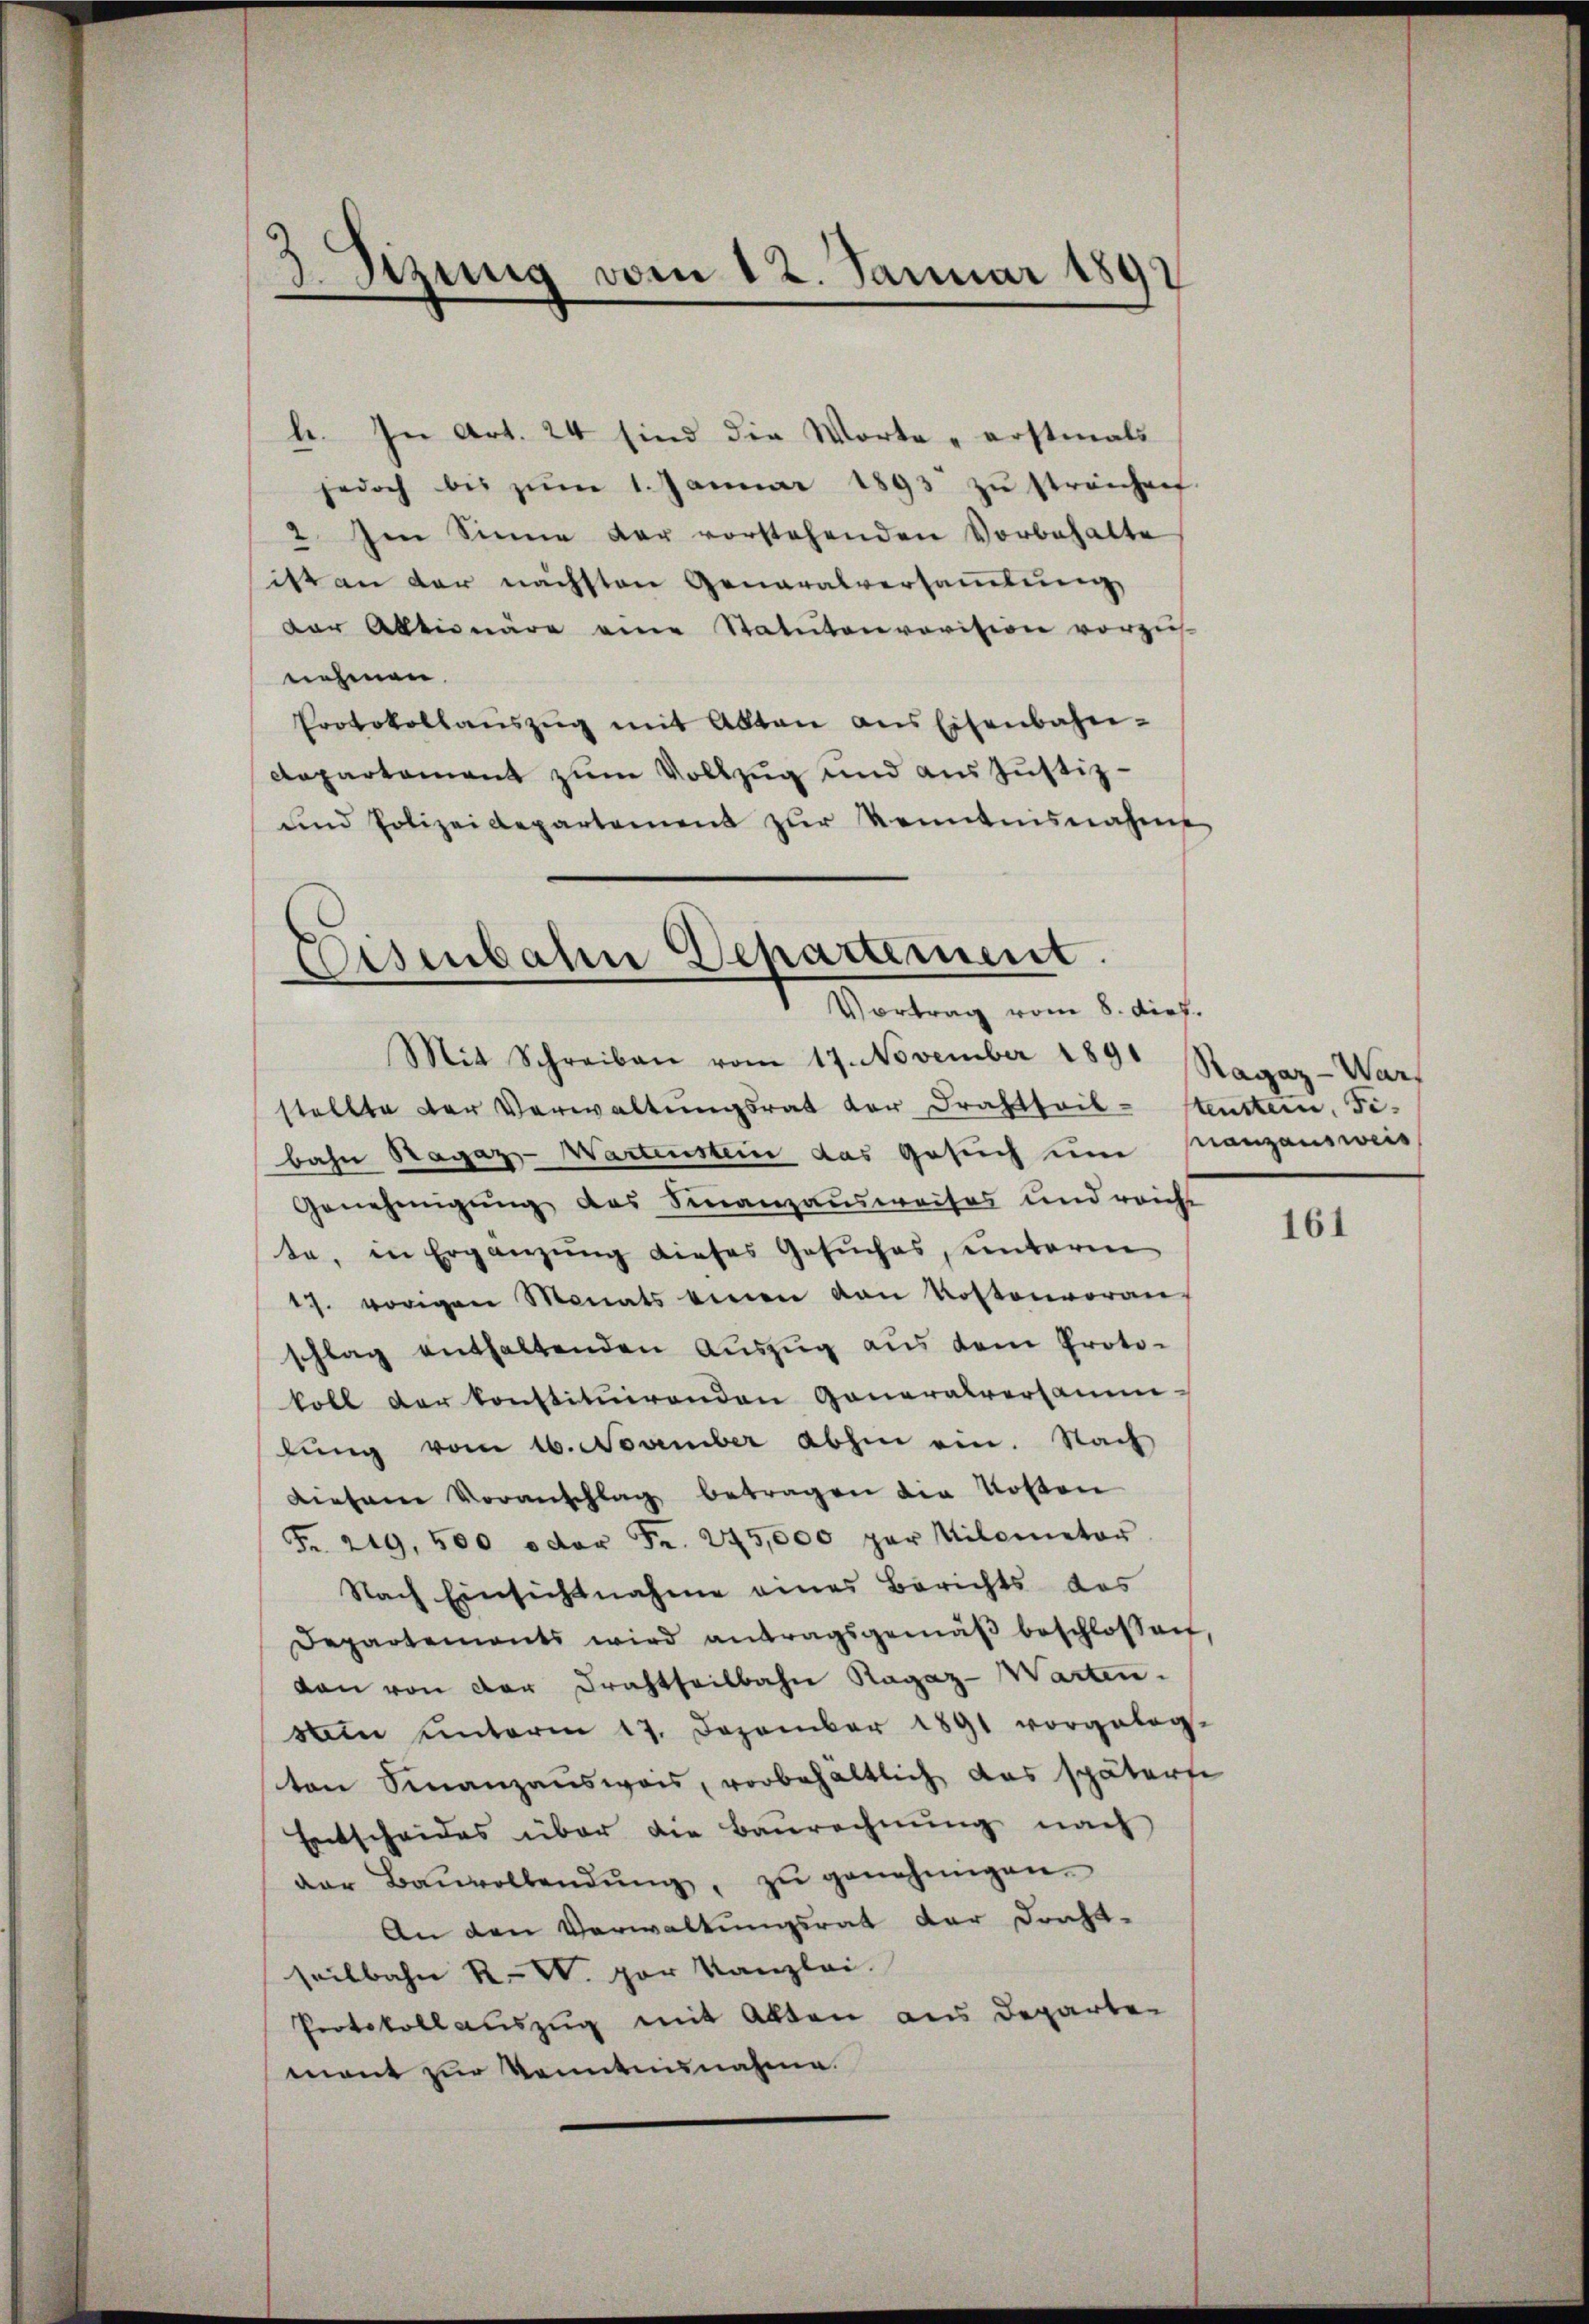
3 Sizung vom 12. Januar 1891

b. In Art. 24 sind die Worte „erstmals
jedoch bis zŭm 1. Januar 1893 zŭ streichen.
2. Im Sinne der vorstehenden Vorbehalte
2
itt an der nächsten Generalversammlung
der Alltionäre eine Statutenrovision vorzus
nehmen.
Protokollaŭszŭg mit Alten aus Eisenbahn-
departement zum Vollzug und aus Justiz-
ŭnd Polizeidepartement zŭr Kenntnisnahme

Osenbahn Departement.
.
Vortrag vom 8. dirt.

Mit Schreiben vom 17. November 1891 Ragaz-Wart
stellte der Verwaltŭngsrat der Drahtteil-stenstein, Fi-
bahn Ragaz-Wartenstein das Gesuch um Manzausweis
Genehmigung des Finanzausweises und reicht
te, in Ergänzŭng dieses Gesuches, unterm
17. vorigen Monats einen von Kostenvoran-
schlag enthaltenden Aŭszŭg aŭs dem Proto-
koll der konstituirenden Generalversamm-
lŭng vom 16. November abhin ein. Nach
diesem Voranschlag betragen die Kosten
Fr. 219, 500 oder Fr. 275,000 per Milometor
Nach Einsichtnahme eines Berichts das
Departements wird antragsgemäβ beschlossen,
dan von der Drahtheilbahn Ragaz-Warten.
din unterm 17. Dezember 1891 vorgeleg-
ton Finanzausweis, vorbehältlich das späterse
Entscheides über die Baŭrechnŭng nach
der Baŭvollendŭng, zŭ genehmigen.
An den Verwaltungsrat der dricht-
seitbahn R. V. par Kanzlei.
Protokollauszug mit Alten aus Departen
mant zur Kenntnisnahme.

161